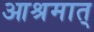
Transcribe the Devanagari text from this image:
आश्रमात्‌